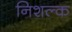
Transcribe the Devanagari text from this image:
निशल्क